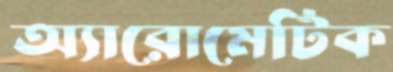
অ্যারোমেটিক